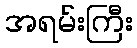
အရမ်းကြီး